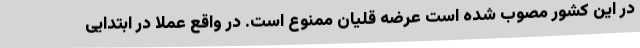
در این کشور مصوب شده است عرضه قلیان ممنوع است. در واقع عملا در ابتدایی